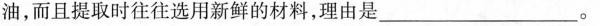
油，而且提取时往往选用新鲜的材料，理由是___。